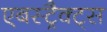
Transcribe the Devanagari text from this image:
एबस्ट्रैक्ट्स